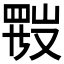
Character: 𱜂